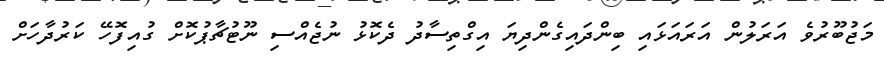
މަޖުބޫރުވެ އަރަލުން އަރައަޅައި ބިންދައިގެންދިޔަ އިގްތިސާދު ދެކޮޅު ނުޖެއްސި ނޫޓުޗާޕުކޮށް ގުއިފޮހޭ ކަރުދާހަށް